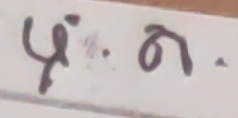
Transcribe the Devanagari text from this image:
५.७.